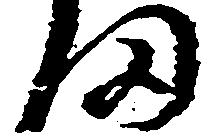
ま